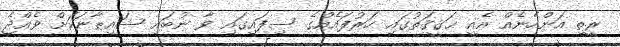
ރީތި އަންހެނެއް އެއީ ޙަޤީޤަތުގައި ހަރުފައެއްގެ ސިފައިގައި ވާ ނުބައި ޝައިޠާނަކަށް ވެއްޖެ